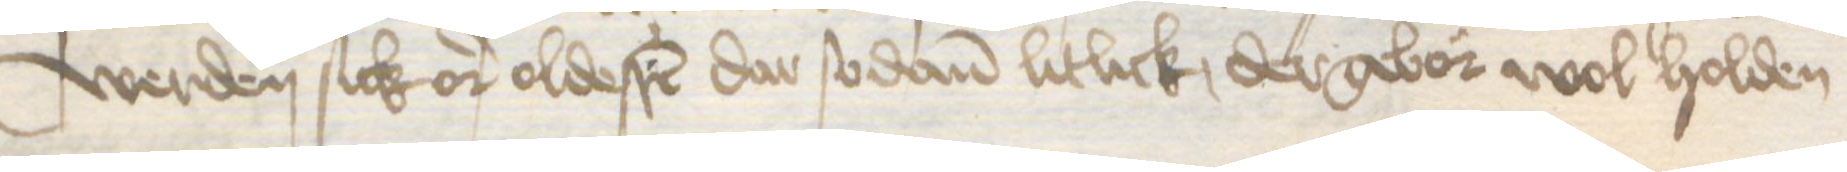
werden sick or oldesten dar sodanen litlick dergebor wol holden